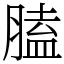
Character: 䐦